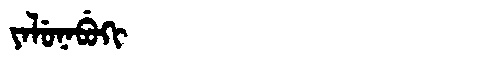
Manchu: ᠶᠠᠯᡠᠨᠠᠪᡠᡴᡳ
Romanization: YALUNABUKI